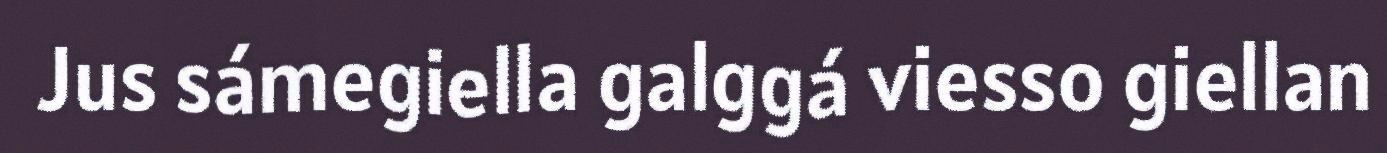
Jus sámegiella galggá viesso giellan